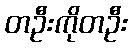
တဦးကိုတဦး